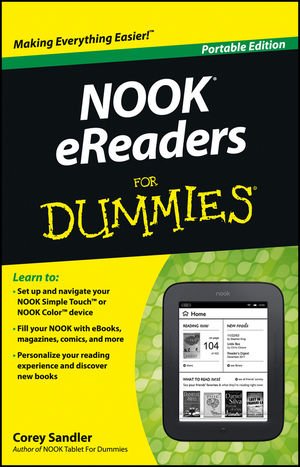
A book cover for NOOK eReaders For Dummies; Corey Sandler; Computers & Technology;